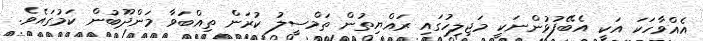
އެއްވާހަކަ އަކީ އެބޭފުޅުންނަކީ މަޖިލިހުގައި ރައްޔިތުން ތަމްސީލު ކުރަން ތިއްބަވާ މަންދޫބުން ކަމުގައެވެ.